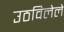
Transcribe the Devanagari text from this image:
उठविलेले